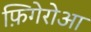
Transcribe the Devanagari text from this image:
फ़िगेरोआ